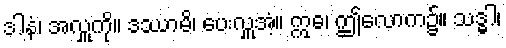
ဒါနံ၊ အလှူကို။ ဒဿာမိ၊ ပေးလှူအံ့။ ဣဓ၊ ဤလောက၌။ သဒ္ဓါ၊